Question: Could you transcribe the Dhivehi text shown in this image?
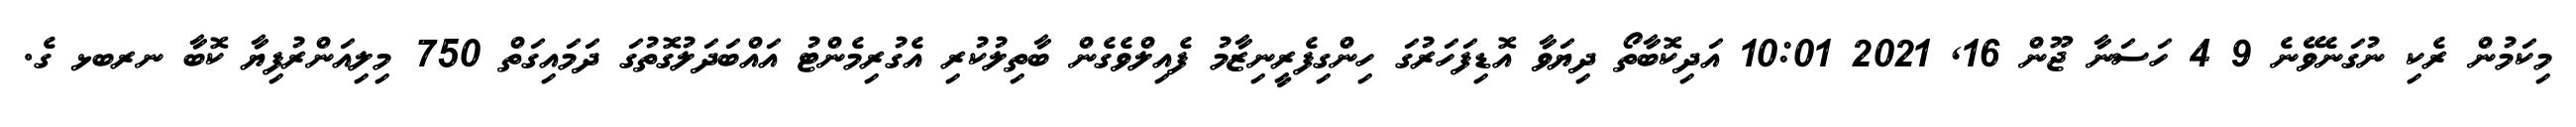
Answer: މިކަމުން ރެކި ނުގަނެވޭނެ 9 4 ހަސަނާ ޖޫން 16, 2021 10:01 އަދިކޮބާތޯ ދިޔަވާ އޮޑިފަހަރުގަ ހިންގިފެރީނިޒާމު ފެއިލްވެގެން ބާތިލުކުރި އެގުރިމެންޓު އައްބަދަލުގޮތުގަ ދަމައިގަތް 750 މިލިއަންރުފިޔާ ކޮބާ ނރބޅ ގެ.